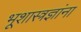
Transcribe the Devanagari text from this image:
भूशास्त्रज्ञांना